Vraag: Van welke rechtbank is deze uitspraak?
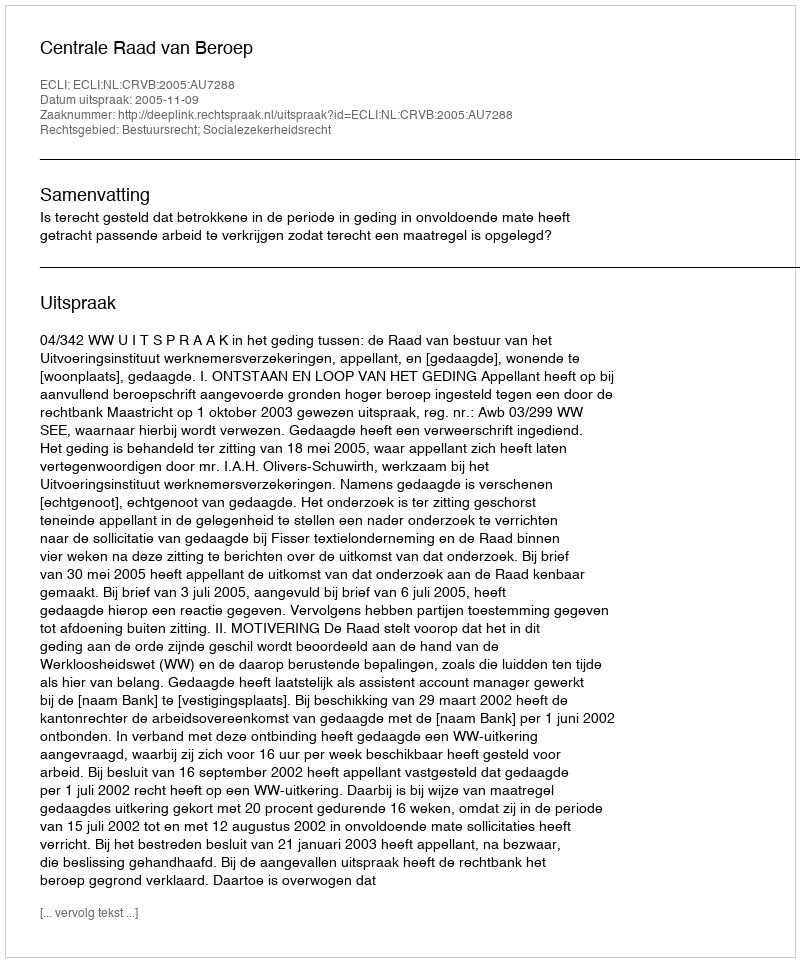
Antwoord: Centrale Raad van Beroep